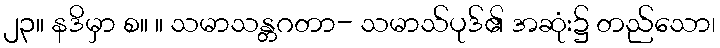
၂၃။ နဒိမှာ စ။ ။ သမာသန္တဂတာ- သမာသ်ပုဒ်၏ အဆုံး၌ တည်သော၊